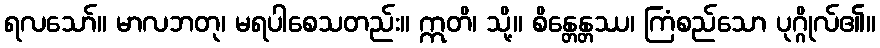
ရလသော်။ မာလဘတု၊ မရပါစေသတည်း။ ဣတိ၊ သို့။ စိန္တေန္တဿ၊ ကြံစည်သော ပုဂ္ဂိုလ်၏။